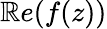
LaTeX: \mathbb{R}e(f(z))